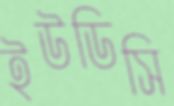
ইউডিসি